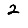
Digit: 2